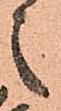
之